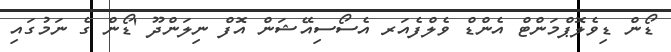
ޑޯން ޑިވެލޮޕްމަންޓް އެންޑް ވެލްފެއަރ އެސޯސިއޭޝަން އޮފް ނިލަންދޫ 'ޑޯން ގެ ނަމުގައި